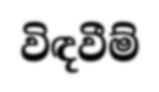
විඳවීම්